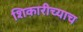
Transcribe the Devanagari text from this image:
शिकारीच्याच